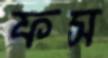
ফস